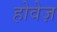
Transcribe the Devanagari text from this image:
होवेज़